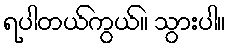
ရပါတယ်ကွယ်။ သွားပါ။